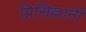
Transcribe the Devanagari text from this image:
प्रिसिल्लानी